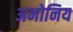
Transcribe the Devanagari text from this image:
अमोनिय